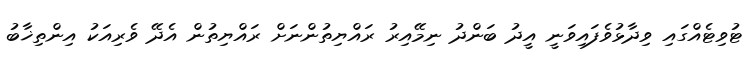
ޓުވިޓެއްގައި ވިދާޅުވެފައިވަނީ އީދު ބަންދު ނިމޭއިރު ރައްޔިތުންނަށް ރައްޔިތުން އެދޭ ވެރިއަކު އިންތިޚާބު